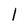
Character: 1